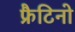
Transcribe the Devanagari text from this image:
फ्रैटिनो